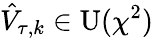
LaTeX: \hat{V}_{\tau,k}\in\operatorname{U}(\chi^{2})